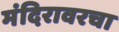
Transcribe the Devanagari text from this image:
मंदिरावरचा